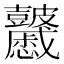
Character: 𥀽